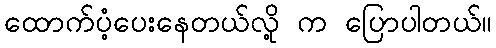
ထောက်ပံ့ပေးနေတယ်လို့ က ပြောပါတယ်။